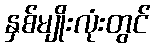
နှစ်မျိုးလုံးတွင်